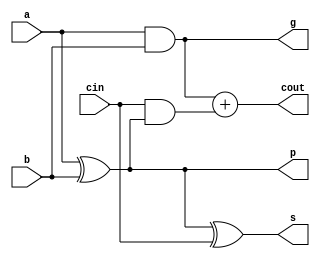
//////////////////////////////////////////////////////////////////////////////////
//Assignment Number: 5
//Problem Number: 1
//Semester: 5
//Group Number: G39
//Group Member 1: Aayush Prasad 18CS30002
//Group Member 2: Rajdeep Das 18CS30034
//Module Name: alu
//////////////////////////////////////////////////////////////////////////////////

//Full Adder Module
module add(input a, input b,input cin, output cout, output s,output p,output g);
    assign s=a^b^cin;
    assign cout=(a&b)+(cin&(a^b));
    assign p = a^b;
    assign g = a&b;
endmodule

//Carry Look Ahead Module
module carryLookAhead(
    input c0,
    input p0,input g0,
    input p1,input g1,
    input p2,input g2,
    input p3,input g3,
    output [4:0]carry,
    output pg,output gg
);
    assign carry[0]=c0;
    assign carry[1]=g0|(p0&c0);
    assign carry[2]=g1|(p1&g0)|(p1&p0&c0);
    assign carry[3]=g2|(p2&g1)|(p2&p1&g0)|(p2&p1&p0&c0);
    assign carry[4]=g3|(p3&g2)|(p3&p2&g1)|(p3&p2&p1&g0)|(p3&p2&p1&p0&c0);
    assign pg=p0&p1&p2&p3;
    assign gg=g3|(p3&g2)|(p3&p2&g1)|(p3&p2&p1&g0);

endmodule

//Carry Look Ahead 4-bit Adder Module
module carryLookAhead4bit(input [3:0]a,input [3:0]b,input cin,output [3:0]sum,output pg,output gg,output c4);
    wire [3:0] p;   //storing the p's
    wire [3:0] g;   //storing the g's
    wire [4:0] carry; //generate the carry's
    wire temp;  
    assign temp = 0 ; //dump value to operate the addition function
    genvar i;
    //copying full adder circuit 4 times
    generate
        for(i=0;i<4;i=i+1)
        begin
            add fa(a[i],b[i],carry[i],temp,sum[i],p[i],g[i]);
        end
    endgenerate
    
    //connecting with the CARRY LOOK AHEAD UNIT

    carryLookAhead unit(
        cin,
        p[0],g[0],
        p[1],g[1],
        p[2],g[2],
        p[3],g[3],
        carry,
        pg,gg

    );
    assign c4=carry[4];

endmodule

//ALU Module 4-bit
module alu(
		input[3:0]A,B,ALU_Sel,
		input M, cin,
		output Cn4,equality_check,P,G,
  		output [3:0] F
	);
  wire [3:0]ALU_Result;
  reg eq_check;
  assign F = ALU_Result[3:0];
  wire cout;
  assign Cn4 = ~cout;
  assign equality_check = eq_check;
  
  reg [0:0] Cn;
  
  reg [3:0] op1, op2;
  
  carryLookAhead4bit m1(op1,op2,Cn,ALU_Result,P,G,cout);
  
  
  always @( A or B)
    begin
      if(A==B) begin
        eq_check = 1;
      end
      else begin
        eq_check = 0;
      end
    end
  
  always @(*)
    begin
      case(ALU_Sel) 
        4'b0000: 
            begin
              if(M) begin
                op1 = ~A;
                op2 = 0;
                Cn = 0;
              end
              else begin
                op1 = A;
                op2 = 0;
                Cn = ~cin;

              end
            end
          4'b0001: 
            begin
              if(M) begin
                op1 = (~A)|(~B);
                op2 = 0;
                Cn = 0;
              end
              else begin
                op1 = A|B;
                op2 = 0;
                Cn = ~cin;

              end
            end
          4'b0010: 
            begin
              if(M) begin
                op1 = (~A)&(B);
                op2 = 0;
                Cn = 0;
              end
              else begin
                op1 = A|(~B);
                op2 = 0;
                Cn = ~cin;

              end
            end
          4'b0011:
            begin
              if(M)begin
                op1 = 0;
                op2 = 0;
                Cn = 0;
              end
              else begin
                op1 = 4'b1111;
                op2 = 0;
                Cn = ~cin;

              end
            end
          4'b0100: 
            begin
              if(M)begin
                op1 = ~(A & B);
                op2 = 0;
                Cn = 0;
              end
              else begin
                op1 = A;
                op2 = A&(~B);
                Cn = ~cin;

              end
            end
           4'b0101:
            begin
              if(M)begin
                op1 = ~B;
                op2 = 0;
                Cn = 0;
              end
              else begin
                op1 = A|B;
                op2 = (A)&(~B);
                Cn = ~cin;

              end
            end
           4'b0110:
            begin
              if(M)begin
                op1 = A^B;
                op2 = 0;
                Cn = 0;
              end
              else begin
                op1 = A;
                op2 = ~B;
                Cn = ~cin;

              end
            end
           4'b0111:
            begin
              if(M)begin
                op1 = A&(~B);
                op2 = 0;
                Cn = 0;
              end
              else begin
                op1 = A&B;
                op2 = 4'b1111;
                Cn = ~cin;
              end
             end
            4'b1000:
             begin
              if(M)begin
                op1 = (~A) | B;
                op2 = 0;
                Cn = 0;
              end
              else begin
                op1 = A&B;
                op2 = A;
                Cn = ~cin;
              end
             end
            4'b1001:  
              begin
              if(M)begin
                op1 = (~A)^(~B);
                op2 = 0;
                Cn = 0;
              end
              else begin
                op1 = A;
                op2 = B;
                Cn = ~cin;
              end
             end
            4'b1010: 
             begin
              if(M)begin
                op1 = 0;
                op2 = B;
                Cn = 0;
              end
              else begin
                op1 = A | (~B);
                op2 = A&B;
                Cn = ~cin;
              end
             end
            4'b1011: 
             begin
              if(M)begin
                op1 = A&B;
                op2 = 0;
                Cn = 0;
              end
              else begin
                op1 = A&B;
                op2 = 4'b1111;
                Cn = ~cin;
              end
             end
            4'b1100:  
             begin
              if(M)begin
                op1 = 0;
                op2 = 1;
                Cn = 0;
              end
              else begin
                op1 = A;
                op2 = A;
                Cn = ~cin;
              end
             end
            4'b1101:
             begin
              if(M)begin
                op1 = A|(~B);
                op2 = 0;
                Cn = 0;
              end
              else begin
                op1 = A|B;
                op2 = A;
                Cn = ~cin;
              end
             end             
            4'b1110: 
             begin
              if(M)begin
                op1 = A|B;
                op2 = 0;
                Cn = 0;
              end
              else begin
                op1 = A|(~B);
                op2 = A;
                Cn = ~cin;
              end
             end
            4'b1111: 
             begin
              if(M)begin
                op1 = A;
                op2 = 0;
                Cn = 0;
              end
              else begin
                op1 = A;
                op2 = 4'b1111;
                Cn = ~cin;
              end
             end
        endcase
    end
      
endmodule